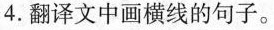
4.翻译文中画横线的句子。